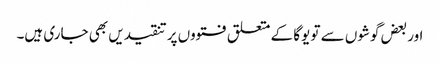
اور بعض گوشوں سے تو یوگا کے متعلق فتووں پر تنقیدیں بھی جاری ہیں۔